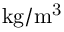
\mathrm { k g / m ^ { 3 } }